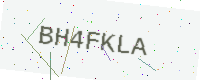
Text: BH4FKLA